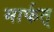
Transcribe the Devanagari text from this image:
मार्फत्‌